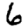
Digit: 6